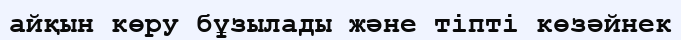
айқын көру бұзылады және тіпті көзәйнек